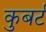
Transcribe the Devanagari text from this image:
कुबर्ट